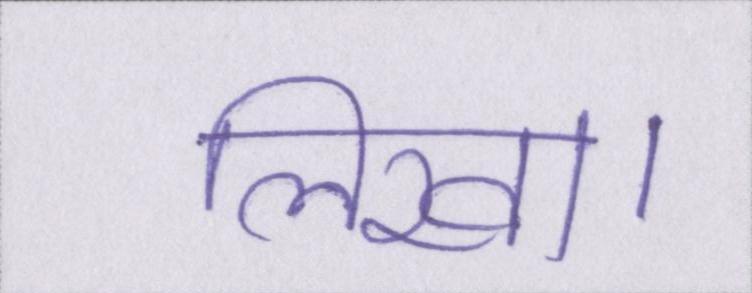
लिखा।